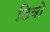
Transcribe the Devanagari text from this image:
डिवो